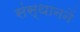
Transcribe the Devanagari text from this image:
संस्थाननें